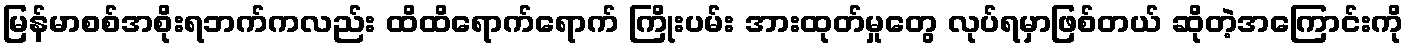
မြန်မာစစ်အစိုးရဘက်ကလည်း ထိထိရောက်ရောက် ကြိုးပမ်း အားထုတ်မှုတွေ လုပ်ရမှာဖြစ်တယ် ဆိုတဲ့အကြောင်းကို